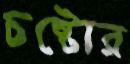
চষ্টোর